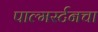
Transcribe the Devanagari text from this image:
पाल्मर्स्टनचा